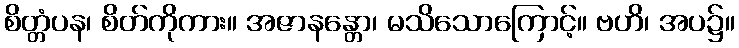
စိတ္တံပန၊ စိတ်ကိုကား။ အဇာနန္တော၊ မသိသောကြောင့်။ ဗဟိ၊ အပ၌။